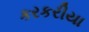
કરકરીયા